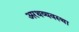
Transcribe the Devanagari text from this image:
अरथव्यवस्था